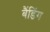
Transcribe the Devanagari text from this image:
बैंडिंग